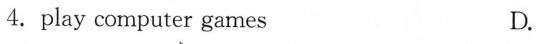
4.play computer games D.